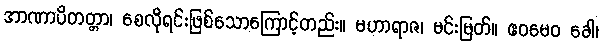
အာဏာပိတတ္တာ၊ စေလိုရင်းဖြစ်သောကြောင့်တည်း။ မဟာရာဇ၊ မင်းမြတ်။ ဧဝမေဝ ခေါ၊